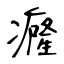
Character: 癃